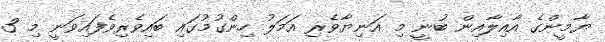
ޔާމީންގެ އާއިލާއިން ބުނީ މި އަނިޔާވެރި އަމަލު ހިންގުމުގައި ބައިވެރިވެފައިވަނީ މި 3